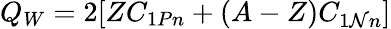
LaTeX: Q_{W}=2[ZC_{1Pn}+(A-Z)C_{1\mathcal{N}n}]